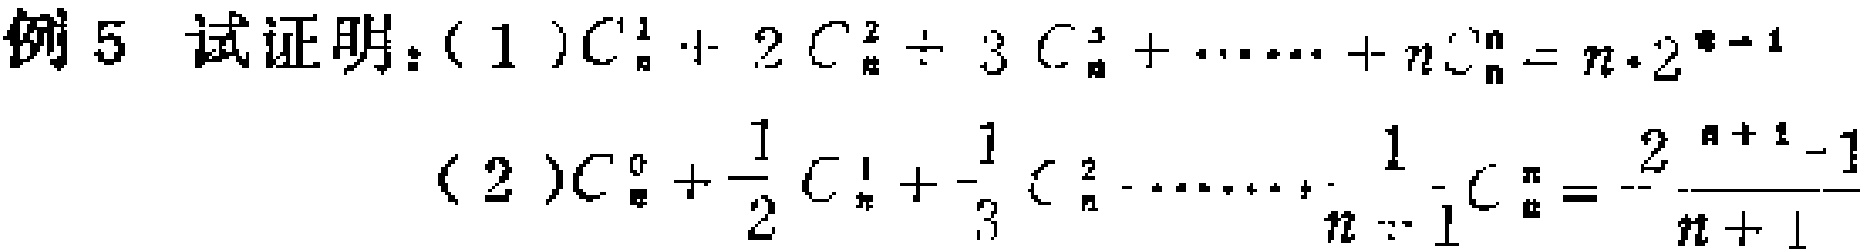
例5 试证明：
(1) \(C_{n}^{1}+2C_{n}^{2}+3C_{n}^{3}+\cdots +nC_{n}^{n}=n\cdot 2^{n - 1}\)
(2) \(C_{n}^{0}+\frac{1}{2}C_{n}^{1}+\frac{1}{3}C_{n}^{2}+\cdots+\frac{1}{n + 1}C_{n}^{n}=\frac{2^{n + 1}-1}{n + 1}\)